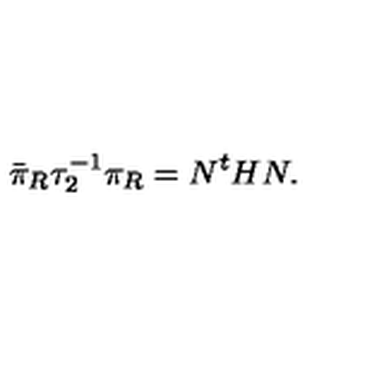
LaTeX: \bar { \pi } _ { R } \tau _ { 2 } ^ { - 1 } \pi _ { R } = N ^ { t } H N .